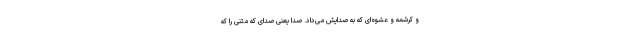
و کرشمه و عشوه‌ای که به صدایش می‌داد. صدا یعنی صدای که متنی را که